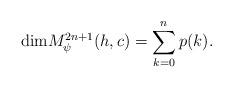
LaTeX: \begin{align*}{\rm dim}M_{\psi}^{2n+1}(h,c)=\sum_{k=0}^{n}p(k).\end{align*}